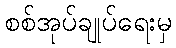
စစ်အုပ်ချုပ်ရေးမှ